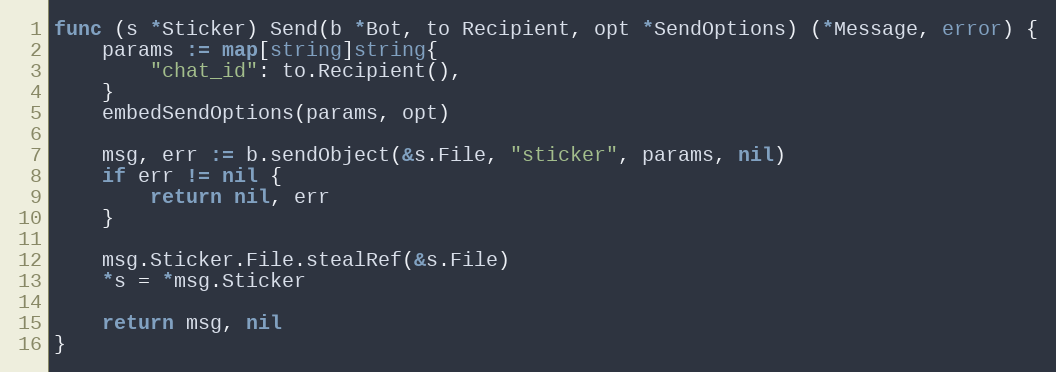
Language: Go
func (s *Sticker) Send(b *Bot, to Recipient, opt *SendOptions) (*Message, error) {
	params := map[string]string{
		"chat_id": to.Recipient(),
	}
	embedSendOptions(params, opt)

	msg, err := b.sendObject(&s.File, "sticker", params, nil)
	if err != nil {
		return nil, err
	}

	msg.Sticker.File.stealRef(&s.File)
	*s = *msg.Sticker

	return msg, nil
}